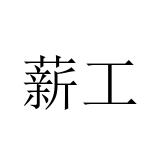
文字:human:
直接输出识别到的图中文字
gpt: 薪工